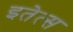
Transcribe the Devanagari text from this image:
इतेत्स